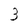
Character: 3